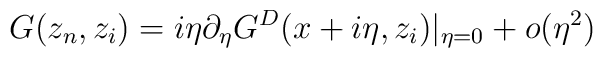
G(z_n,    z_i)= i\eta\partial_{\eta}G^D(x+i\eta,z_i)|_{\eta=0}+o(\eta^2)